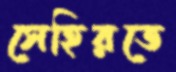
সেহিরতে